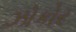
ઝોકોર